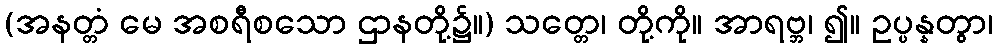
(အနတ္တံ မေ အစရီစသော ဌာနတို့၌။) သတ္တေ၊ တို့ကို။ အာရဗ္ဘ၊ ၍။ ဥပ္ပန္နတွာ၊